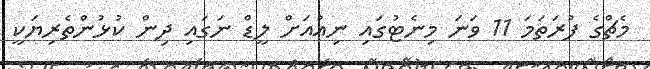
މެޗްގެ ފުރަތަމަ 11 ވަނަ މިނެޓުގައި ނިއުއަށް ލީޑް ނަގައި ދިން ކުޅުންތެރިޔަކީ